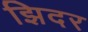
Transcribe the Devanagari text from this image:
झिदर